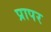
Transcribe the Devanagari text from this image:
प्रापर